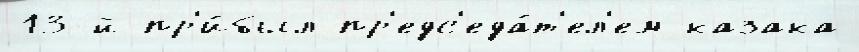
13-й пр'и́был пр'едс'еда́т'ел'ем казака